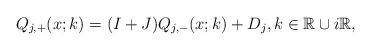
LaTeX: \begin{align*}Q_{j,+}(x ; k)=(I+ J)Q_{j,-}(x;k)+D_j, k \in \mathbb{R} \cup i\mathbb{R},\end{align*}